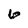
Character: 6